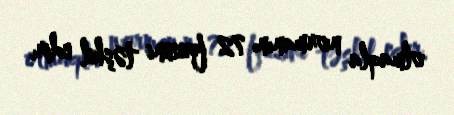
olmaqla normanın 72 faizini təşkil edir.